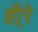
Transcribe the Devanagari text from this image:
ही्रे